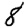
Digit: 8